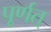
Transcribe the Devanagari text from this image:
पूर्णत्